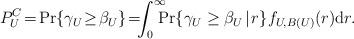
LaTeX: \begin{align*}P_U^C \!=\! \Pr \{ \gamma_U \!\ge\! \beta_U \} \!=\!\!\! \int_0^\infty \!\!\!\!\Pr \{ \gamma_U \ge \beta_U \!\mid\! r \} f_{U,B(U)} (r) \mathrm{d}r. \end{align*}